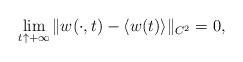
LaTeX: \begin{align*} \lim_{t\uparrow+\infty}\Vert w(\cdot,t)-\langle w(t)\rangle\Vert_{C^2}=0, \end{align*}